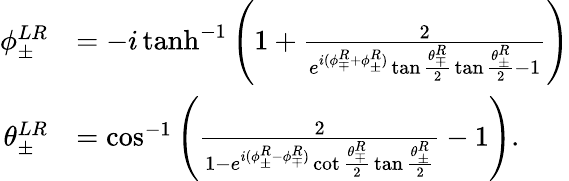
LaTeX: \begin{array}{rl}{\phi_{\pm}^{LR}}&{=-i\operatorname{tanh}^{-1}\Bigg(1+\frac{2}{e^{i(\phi_{\mp}^{R}+\phi_{\pm}^{R})}\tan{\frac{\theta_{\mp}^{R}}{2}}\tan{\frac{\theta_{\pm}^{R}}{2}}-1}\Bigg)}\\ {\theta_{\pm}^{LR}}&{=\cos^{-1}{\Bigg(\frac{2}{1-e^{i(\phi_{\pm}^{R}-\phi_{\mp}^{R})}\cot{\frac{\theta_{\mp}^{R}}{2}}\tan{\frac{\theta_{\pm}^{R}}{2}}}-1\Bigg)}.}\end{array}